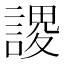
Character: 謖